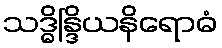
သဒ္ဓိန္ဒြိယနိရောဓံ